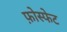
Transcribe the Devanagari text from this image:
फ़ोस्फेट